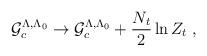
LaTeX: \begin{align*}{\cal{G}}_c^{\Lambda , \Lambda_0} \rightarrow {\cal{G}}_c^{\Lambda , \Lambda_0} + \frac{N_t}{2} \ln Z_t \; ,\end{align*}